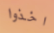
اخذوا